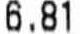
6.81